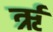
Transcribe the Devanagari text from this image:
र्ऋ